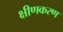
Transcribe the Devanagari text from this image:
क्षीणकरण